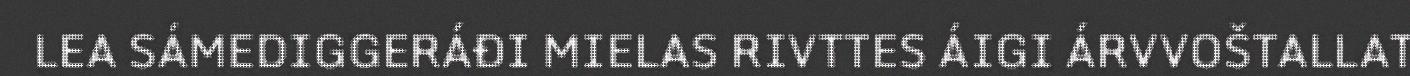
LEA SÁMEDIGGERÁĐI MIELAS RIVTTES ÁIGI ÁRVVOŠTALLAT